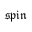
\mathfrak { s p i n }